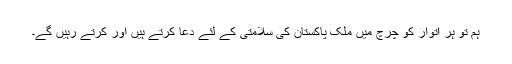
ہم تو ہر اتوار کو چرچ میں ملک پاکستان کی سلامتی کے لئے دُعا کرتے ہیں اور کرتے رہیں گے۔